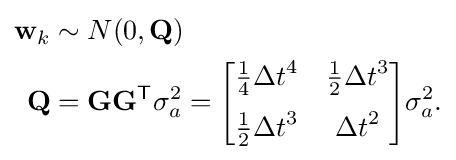
{\begin{aligned}\mathbf {w} _{k}&\sim N(0,\mathbf {Q} )\\\mathbf {Q} &=\mathbf {G} \mathbf {G} ^{\textsf {T}}\sigma _{a}^{2}={\begin{bmatrix}{\frac {1}{4}}{\Delta t}^{4}&{\frac {1}{2}}{\Delta t}^{3}\\[6pt]{\frac {1}{2}}{\Delta t}^{3}&{\Delta t}^{2}\end{bmatrix}}\sigma _{a}^{2}.\end{aligned}}